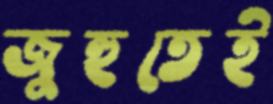
জুহুতেই